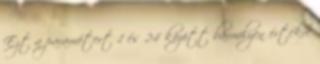
Ezt a paramétert 1 és 24 között bármilyen értékre